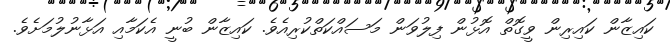
ކައިޒާން ކައިރިން ވީގޮތް އޮޅުން ފިލުވަން މަސައްކަތްކުރިއެވެ. ކައިޒާން ބުނީ އެކަމާއި އަޅާނުލުމަށެވެ.